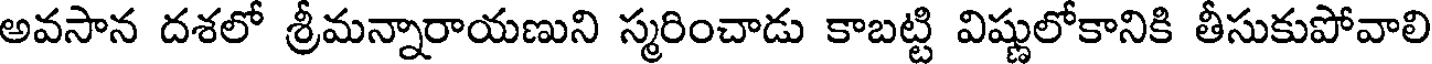
అవసాన దశలో శ్రీమన్నారాయణుని స్మరించాడు కాబట్టి విష్ణులోకానికి తీసుకుపోవాలి